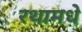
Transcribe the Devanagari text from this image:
रथामधे